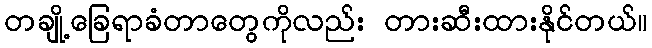
တချို့ခြေရာခံတာတွေကိုလည်း တားဆီးထားနိုင်တယ်။